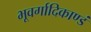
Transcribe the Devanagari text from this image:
भूवर्गादिकाण्डं